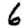
Digit: 6